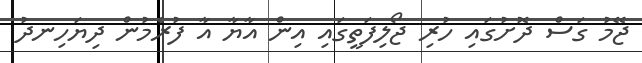
ޖޭމު ގަސް ދޮށުގައި ހުރި ޖޯލިފަތީގައި އިން އާޔާ އާ ފުރެމުން ދިޔަހިނދު